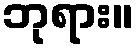
ဘုရား။